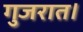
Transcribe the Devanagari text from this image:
गुजरात।